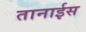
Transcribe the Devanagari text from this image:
तानाईस